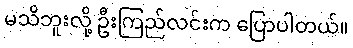
မသိဘူးလို့ ဦးကြည်လင်းက ပြောပါတယ်။